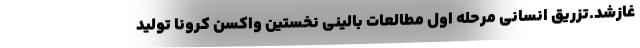
غازشد.تزریق انسانی مرحله اول مطالعات بالینی نخستین واکسن کرونا تولید